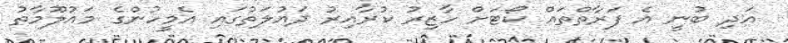
އަދި ބުނީ އެ ފަރާތްތައް ކޯޓަށް ހާޒިރު ކުރާއިރު ދައުލަތުގައި އެމީހުންގެ މައުލޫމާތު